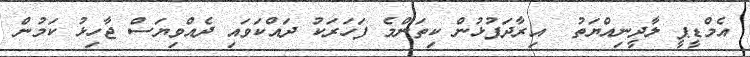
އެމްޑީޕީ ލާދީނިއްޔަތު  އިރާދަފުޅުން ކިތަންމެ ފަހަރަކު ދައްކަވައި ދެއްވިޔަސް ޖާހިޅު ކަމުން